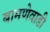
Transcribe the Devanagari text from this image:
बामणेवाडी